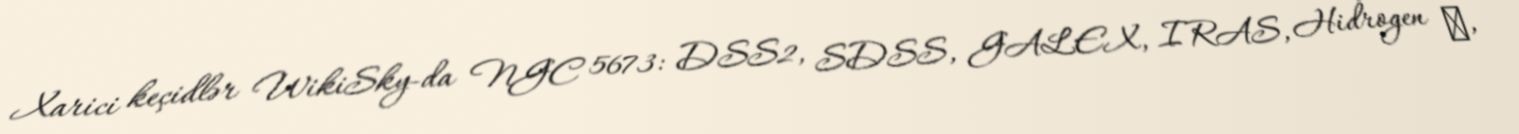
Xarici keçidlər WikiSky-da NGC 5673: DSS2, SDSS, GALEX, IRAS, Hidrogen α,